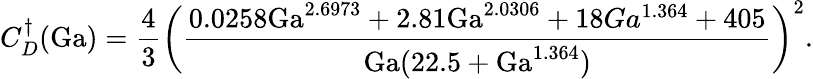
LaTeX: C_{D}^{\dagger}(\mathrm{Ga})=\frac{4}{3}\bigg(\frac{0.0258\mathrm{Ga}^{2.6973}+2.81\mathrm{Ga}^{2.0306}+18Ga^{1.364}+405}{\mathrm{Ga}(22.5+\mathrm{Ga}^{1.364})}\bigg)^{2}.